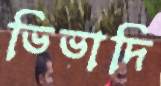
ভিভাদি